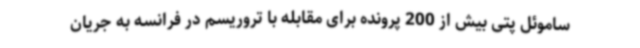
ساموئل پتی بیش از 200 پرونده برای مقابله با تروریسم در فرانسه به جریان